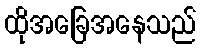
ထိုအခြေအနေသည်